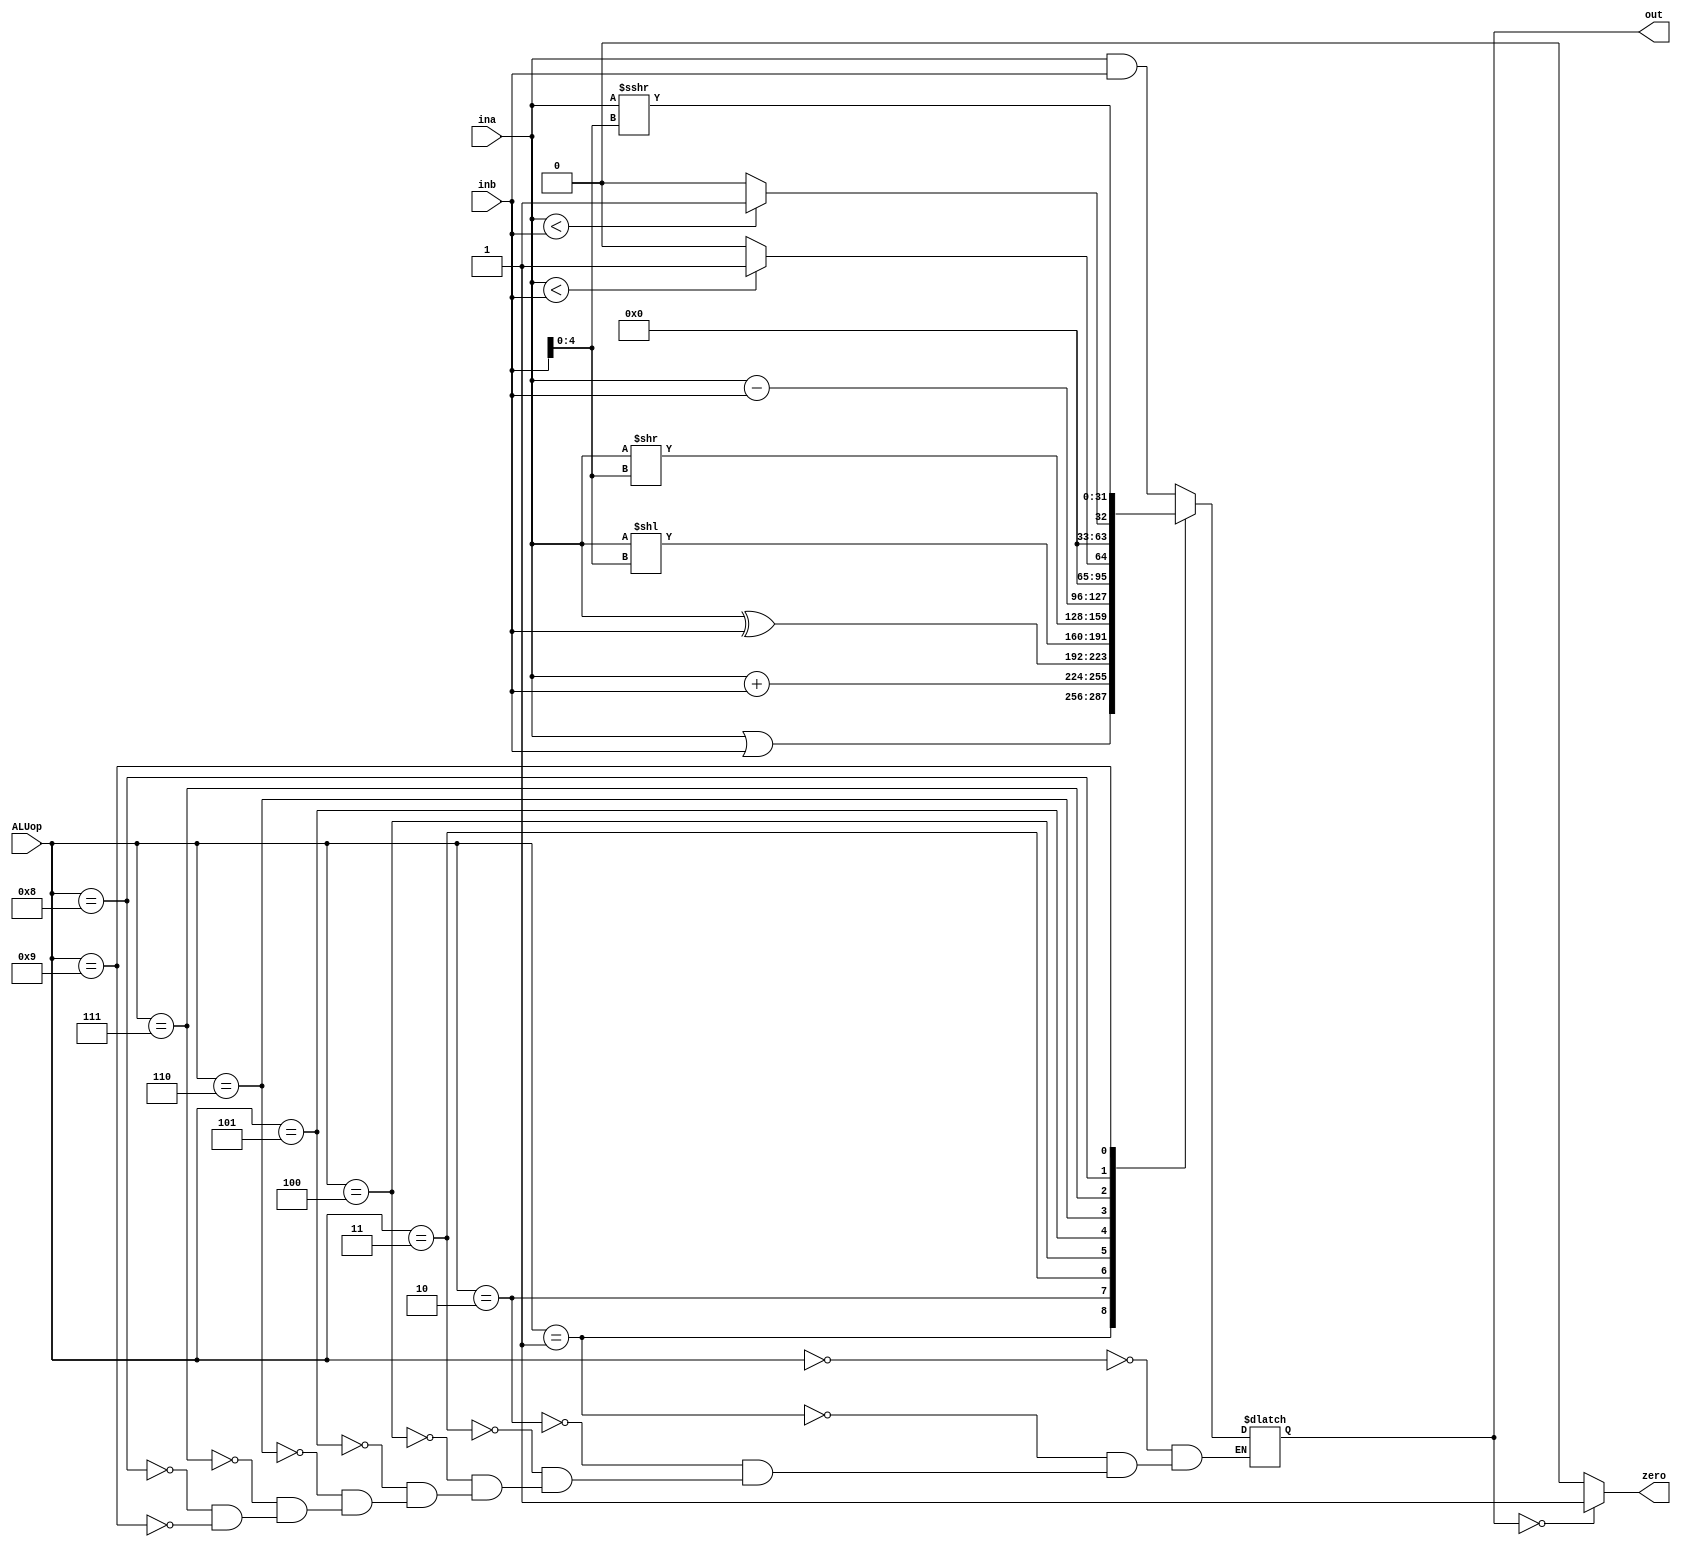
`timescale 1ns / 1ps
//////////////////////////////////////////////////////////////////////////////////
// Company: 
// Engineer: 
// 
// Design Name: 
// Module Name: ALU
// Project Name: 
// Target Devices: 
// Tool Versions: 
// Description: 
// 
// Dependencies: 
// 
// Revision:
// Revision 0.01 - File Created
// Additional Comments:
// 
//////////////////////////////////////////////////////////////////////////////////


module ALU(input [3:0] ALUop,
           input [31:0] ina,inb,
           output zero,
           output reg [31:0] out);
           
            
always@(*) begin
    case(ALUop)
      4'b0000: out <= ina & inb; // and
      4'b0001: out <= ina | inb; // or
      4'b0010: out <= ina + inb; // add
      4'b0011: out <= ina ^ inb; // xor
      4'b0100: out <= ina << inb[4:0]; // sll (shift left)
      4'b0101: out <= ina >> inb[4:0]; // srl (shift right)
      4'b0110: out <= ina - inb; // sub
      4'b0111: out <= (ina < inb) ? 32'b1 : 32'b0; // sltu (Set on Less Than unsigned)
      4'b1000: out <= ($signed(ina) < $signed(inb)) ? 32'b1 : 32'b0; // slt (Set on Less Than signed)
      4'b1001: out <= ina >>> inb[4:0]; // sra (shift right)
    endcase
  end
  
assign zero = (out == 32'b0)? 1 : 0;
endmodule